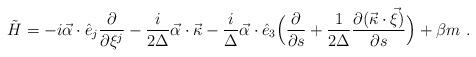
LaTeX: \begin{align*}\tilde{H} = -i \vec{\alpha} \cdot \hat{e}_j \frac{\partial}{\partial \xi^j} - \frac{i}{2 \Delta} \vec{\alpha} \cdot \vec{\kappa} - \frac{i}{\Delta} \vec{\alpha} \cdot \hat{e}_3 \Bigl( \frac{\partial}{\partial s} + \frac{1}{2 \Delta} \frac{\partial ( \vec{\kappa}\cdot \vec{\xi} )}{\partial s} \Bigr) + \beta m\ . \end{align*}